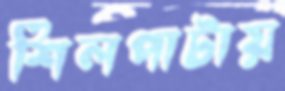
শিলপাটায়